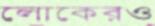
লোকেরও